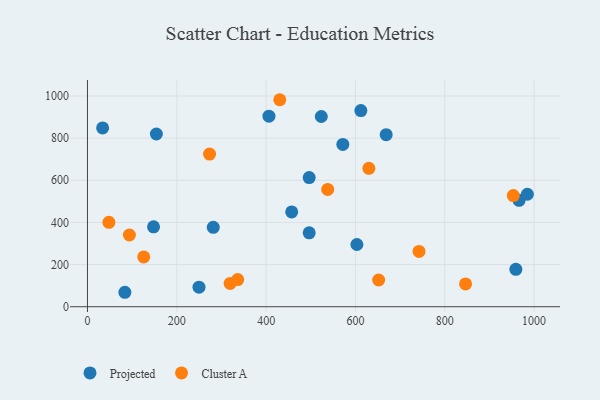
{"axis": {"x": "Study Hours", "y": "Demand"}, "legend": ["Cluster A", "Projected"], "data": [{"x": "612.1", "y": 930.7, "type": "Projected"}, {"x": "406.3", "y": 904.1, "type": "Projected"}, {"x": "33.9", "y": 848.7, "type": "Projected"}, {"x": "668.8", "y": 816.5, "type": "Projected"}, {"x": "966.3", "y": 504.9, "type": "Projected"}, {"x": "496.4", "y": 613.0, "type": "Projected"}, {"x": "154.2", "y": 819.7, "type": "Projected"}, {"x": "496.4", "y": 350.6, "type": "Projected"}, {"x": "281.6", "y": 376.7, "type": "Projected"}, {"x": "249.7", "y": 92.9, "type": "Projected"}, {"x": "83.7", "y": 68.6, "type": "Projected"}, {"x": "571.7", "y": 770.1, "type": "Projected"}, {"x": "603.2", "y": 295.3, "type": "Projected"}, {"x": "959.1", "y": 177.7, "type": "Projected"}, {"x": "523.5", "y": 902.7, "type": "Projected"}, {"x": "457.2", "y": 449.8, "type": "Projected"}, {"x": "984.9", "y": 533.8, "type": "Projected"}, {"x": "147.9", "y": 379.0, "type": "Projected"}, {"x": "126.0", "y": 236.3, "type": "Cluster A"}, {"x": "273.3", "y": 724.2, "type": "Cluster A"}, {"x": "953.4", "y": 527.6, "type": "Cluster A"}, {"x": "430.5", "y": 982.3, "type": "Cluster A"}, {"x": "846.5", "y": 108.4, "type": "Cluster A"}, {"x": "336.3", "y": 129.1, "type": "Cluster A"}, {"x": "630.0", "y": 656.9, "type": "Cluster A"}, {"x": "47.9", "y": 400.4, "type": "Cluster A"}, {"x": "651.9", "y": 126.8, "type": "Cluster A"}, {"x": "319.4", "y": 110.7, "type": "Cluster A"}, {"x": "742.3", "y": 262.6, "type": "Cluster A"}, {"x": "537.8", "y": 556.8, "type": "Cluster A"}, {"x": "93.8", "y": 340.4, "type": "Cluster A"}]}